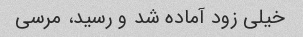
خیلی زود آماده شد و رسید، مرسی